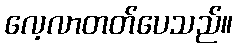
လေ့လာတတ်ပေသည်။